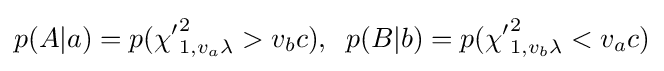
p(A|a)=p({\chi '}_{1,v_{a}\lambda }^{2}>v_{b}c),\;\;p(B|b)=p({\chi '}_{1,v_{b}\lambda }^{2}<v_{a}c)